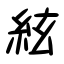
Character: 絃